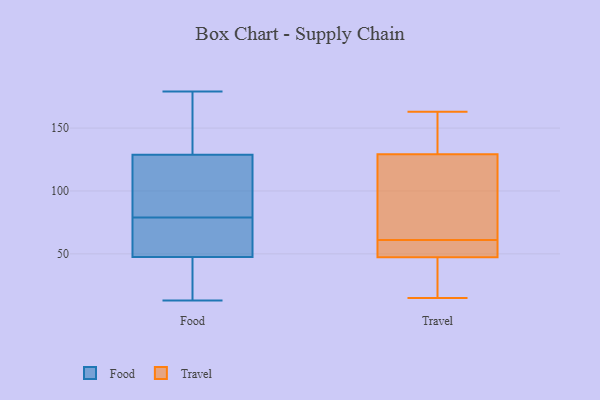
{"axis": {"x": "Demand Index", "y": "Value"}, "legend": ["Food", "Travel"], "data": [{"x": "", "y": 58, "type": "Food"}, {"x": "", "y": 82, "type": "Food"}, {"x": "", "y": 79, "type": "Food"}, {"x": "", "y": 42, "type": "Food"}, {"x": "", "y": 179, "type": "Food"}, {"x": "", "y": 173, "type": "Food"}, {"x": "", "y": 101, "type": "Food"}, {"x": "", "y": 49, "type": "Food"}, {"x": "", "y": 101, "type": "Food"}, {"x": "", "y": 169, "type": "Food"}, {"x": "", "y": 138, "type": "Food"}, {"x": "", "y": 41, "type": "Food"}, {"x": "", "y": 13, "type": "Food"}, {"x": "", "y": 47, "type": "Food"}, {"x": "", "y": 76, "type": "Food"}, {"x": "", "y": 49, "type": "Travel"}, {"x": "", "y": 61, "type": "Travel"}, {"x": "", "y": 163, "type": "Travel"}, {"x": "", "y": 104, "type": "Travel"}, {"x": "", "y": 24, "type": "Travel"}, {"x": "", "y": 49, "type": "Travel"}, {"x": "", "y": 96, "type": "Travel"}, {"x": "", "y": 162, "type": "Travel"}, {"x": "", "y": 15, "type": "Travel"}, {"x": "", "y": 15, "type": "Travel"}, {"x": "", "y": 131, "type": "Travel"}, {"x": "", "y": 124, "type": "Travel"}, {"x": "", "y": 50, "type": "Travel"}, {"x": "", "y": 18, "type": "Travel"}, {"x": "", "y": 133, "type": "Travel"}, {"x": "", "y": 47, "type": "Travel"}, {"x": "", "y": 160, "type": "Travel"}, {"x": "", "y": 100, "type": "Travel"}, {"x": "", "y": 48, "type": "Travel"}]}